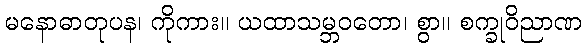
မနောဓာတုပန၊ ကိုကား။ ယထာသမ္ဘဝတော၊ စွာ။ စက္ခုဝိညာဏ